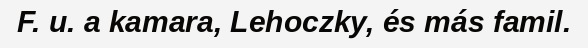
F. u. a kamara, Lehoczky, és más famil.